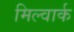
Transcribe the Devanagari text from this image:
मिल्वार्क